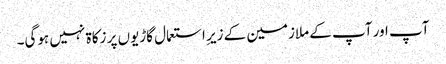
آپ اور آپ کے ملازمین کے زیرِ استعمال گاڑیوں پر زکاۃ نہیں ہوگی۔